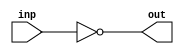
module inverter (
    input wire inp,
    output wire out
);

assign out = ~inp;

endmodule